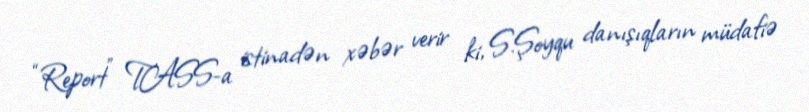
“Report” TASS-a istinadən xəbər verir ki, S.Şoyqu danışıqların müdafiə